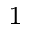
^ { 1 }